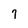
Character: 7